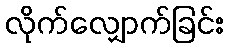
လိုက်လျှောက်ခြင်း